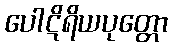
ပေါဋိရိယပုတ္တော